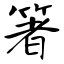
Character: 箸